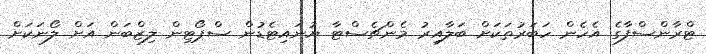
ޓްރާންސްފާގެ އެހެން ހަބަރުތަކަށް ބަލާއިރު މެންޗެސްޓާ ޔުނައިޓެޑުން ސްޕޯޓިން ލިޒްބަން އަށް ލޯނަކަށް